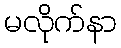
မလိုက်နာ